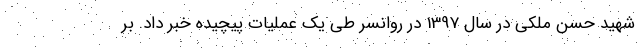
شهید حسن ملکی در سال 1397 در روانسر طی یک عملیات پیچیده خبر داد. بر